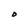
Character: O